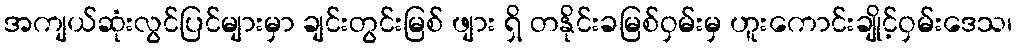
အကျယ်ဆုံးလွင်ပြင်များမှာ ချင်းတွင်းမြစ် ဖျား ရှိ တနိုင်းခမြစ်ဝှမ်းမှ ဟူးကောင်းချိုင့်ဝှမ်းဒေသ၊